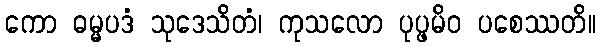
ကော ဓမ္မပဒံ သုဒေသိတံ၊ ကုသလော ပုပ္ဖမိဝ ပစေဿတိ။